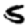
Digit: 5